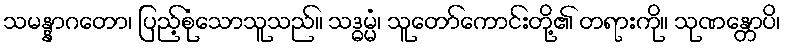
သမန္နာဂတော၊ ပြည့်စုံသောသူသည်။ သဒ္ဓမ္မံ၊ သူတော်ကောင်းတို့၏ တရားကို။ သုဏန္တောပိ၊